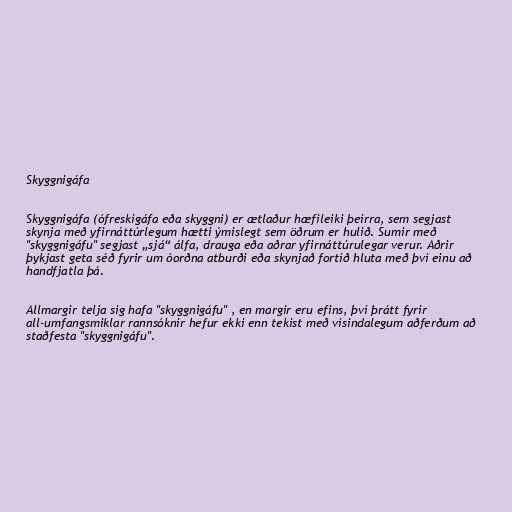
Skyggnigáfa

Skyggnigáfa (ófreskigáfa eða skyggni) er ætlaður hæfileiki þeirra, sem segjast
skynja með yfirnáttúrlegum hætti ýmislegt sem öðrum er hulið. Sumir með
"skyggnigáfu" segjast „sjá“ álfa, drauga eða aðrar yfirnáttúrulegar verur. Aðrir
þykjast geta séð fyrir um óorðna atburði eða skynjað fortíð hluta með því einu að
handfjatla þá.

Allmargir telja sig hafa "skyggnigáfu" , en margir eru efins, því þrátt fyrir
all-umfangsmiklar rannsóknir hefur ekki enn tekist með vísindalegum aðferðum að
staðfesta "skyggnigáfu".